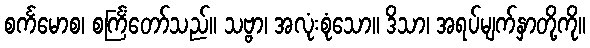
စင်္ကမောစ၊ စင်္ကြံတော်သည်။ သဗ္ဗာ၊ အလုံးစုံသော။ ဒိသာ၊ အရပ်မျက်နှာတို့ကို။